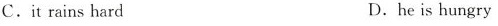
C.it rains hard D.he is hungry